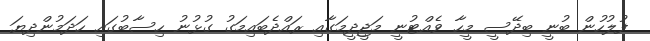
ފުލުހުން ބުނީ ބިދޭސީ މީހާ ވެއްޓުނީ މަޖީދީމަގާއި ރައްދެބައިމަގު ގުޅުނު ހިސާބުގައި ހަދަމުންދިޔަ